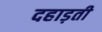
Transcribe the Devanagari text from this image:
दहाड़ती